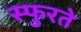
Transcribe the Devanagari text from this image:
स्फुरते